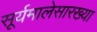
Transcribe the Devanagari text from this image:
सूर्यमालेसारख्या